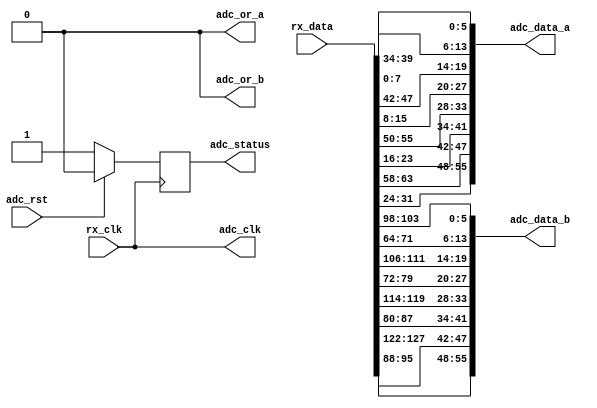
module axi_ad9680_if (

  // jesd interface 
  // rx_clk is (line-rate/40)

  rx_clk,
  rx_data,

  // adc data output

  adc_clk,
  adc_rst,
  adc_data_a,
  adc_data_b,
  adc_or_a,
  adc_or_b,
  adc_status);

  // jesd interface 
  // rx_clk is (line-rate/40)

  input           rx_clk;
  input  [127:0]  rx_data;

  // adc data output

  output          adc_clk;
  input           adc_rst;
  output  [55:0]  adc_data_a;
  output  [55:0]  adc_data_b;
  output          adc_or_a;
  output          adc_or_b;
  output          adc_status;

  // internal registers

  reg             adc_status = 'd0;

  // internal signals

  wire    [15:0]  adc_data_a_s3_s;
  wire    [15:0]  adc_data_a_s2_s;
  wire    [15:0]  adc_data_a_s1_s;
  wire    [15:0]  adc_data_a_s0_s;
  wire    [15:0]  adc_data_b_s3_s;
  wire    [15:0]  adc_data_b_s2_s;
  wire    [15:0]  adc_data_b_s1_s;
  wire    [15:0]  adc_data_b_s0_s;

  // adc clock is the reference clock

  assign adc_clk = rx_clk;
  assign adc_or_a = 1'b0;
  assign adc_or_b = 1'b0;

  // adc channels

  assign adc_data_a = { adc_data_a_s3_s[13:0], adc_data_a_s2_s[13:0],
                        adc_data_a_s1_s[13:0], adc_data_a_s0_s[13:0]};

  assign adc_data_b = { adc_data_b_s3_s[13:0], adc_data_b_s2_s[13:0],
                        adc_data_b_s1_s[13:0], adc_data_b_s0_s[13:0]};

  // data multiplex

  assign adc_data_a_s3_s = {rx_data[ 57: 56], rx_data[ 31: 24], rx_data[ 63: 58]};
  assign adc_data_a_s2_s = {rx_data[ 49: 48], rx_data[ 23: 16], rx_data[ 55: 50]};
  assign adc_data_a_s1_s = {rx_data[ 41: 40], rx_data[ 15:  8], rx_data[ 47: 42]};
  assign adc_data_a_s0_s = {rx_data[ 33: 32], rx_data[  7:  0], rx_data[ 39: 34]};

  assign adc_data_b_s3_s = {rx_data[121:120], rx_data[ 95: 88], rx_data[127:122]};
  assign adc_data_b_s2_s = {rx_data[113:112], rx_data[ 87: 80], rx_data[119:114]};
  assign adc_data_b_s1_s = {rx_data[105:104], rx_data[ 79: 72], rx_data[111:106]};
  assign adc_data_b_s0_s = {rx_data[ 97: 96], rx_data[ 71: 64], rx_data[103: 98]};

  // status

  always @(posedge rx_clk) begin
    if (adc_rst == 1'b1) begin
      adc_status <= 1'b0;
    end else begin
      adc_status <= 1'b1;
    end
  end

endmodule